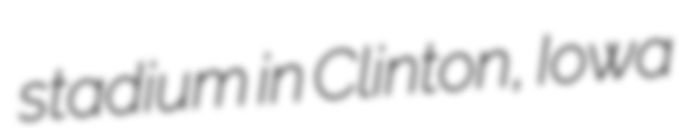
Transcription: stadium in Clinton, Iowa